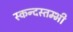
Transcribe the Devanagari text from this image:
स्कन्दस्तम्भी